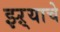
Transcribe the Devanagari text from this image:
झ्ऱ्याचे